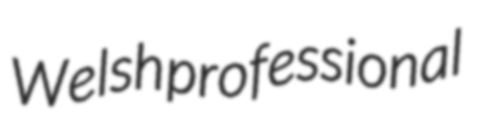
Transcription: Welsh professional